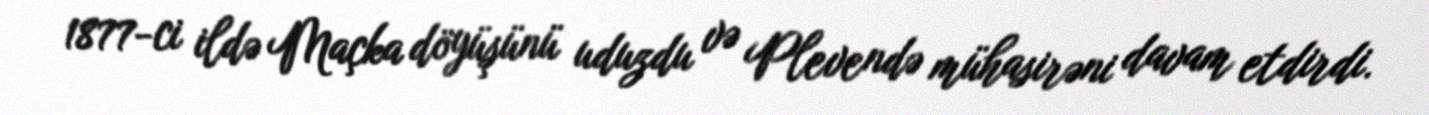
1877-ci ildə Maçka döyüşünü uduzdu və Plevendə mühasirəni davam etdirdi.